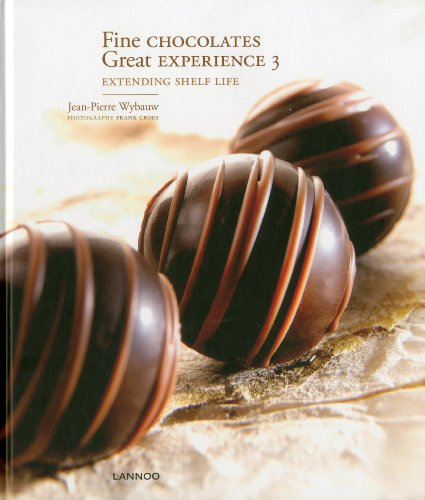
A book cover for Fine Chocolates Great Experience 3: Extending Shelf Life; Jean-Pierre Wybauw; Cookbooks, Food & Wine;